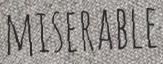
MISERABLE